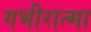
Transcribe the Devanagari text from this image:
गभीरात्मा